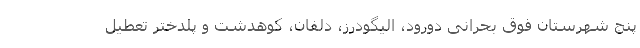
پنج شهرستان فوق بحرانی دورود، الیگودرز، دلفان، کوهدشت و پلدختر تعطیل